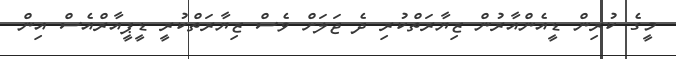
މީގެ ކުރިން ޑީއެންއާރުން ޒިޔާރަތްކުރި ދެ ޖަލަށް ވެސް ޒިޔާރަތްކުރީ ޑީޕީއާރްއެސް އިން